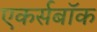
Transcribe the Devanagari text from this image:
एकर्सबॉक